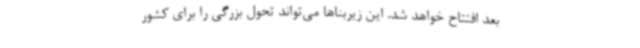
بعد افتتاح خواهد شد. این زیربناها می‌تواند تحول بزرگی را برای کشور